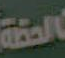
الحضة